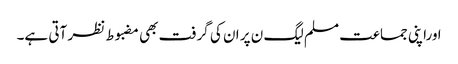
ا وراپنی جماعت مسلم لیگ ن پر ان کی گرفت بھی مضبوط نظر آتی ہے۔